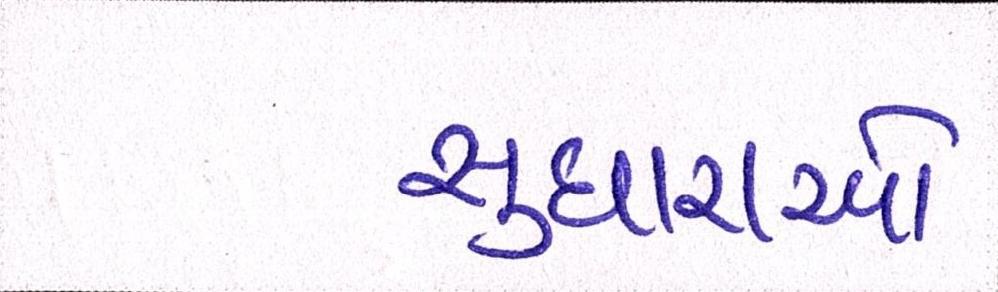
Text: સુધારાઓ